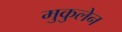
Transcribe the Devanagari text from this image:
मुकुलेन